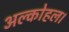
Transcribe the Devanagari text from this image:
अल्कोहल।